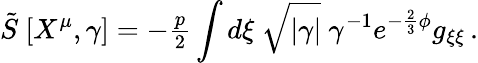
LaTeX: \tilde{S}\ [X^{\mu},\gamma]=-{\textstyle\frac{p}{2}}\int d\xi\ \sqrt{|\gamma|}\ \gamma^{-1}e^{-\frac{2}{3}\phi}g_{\xi\xi}\, .